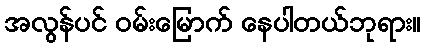
အလွန်ပင် ဝမ်းမြောက် နေပါတယ်ဘုရား။